Lunatic asylums Punjab 1895-1910 - 1895-1910
Year: 1895
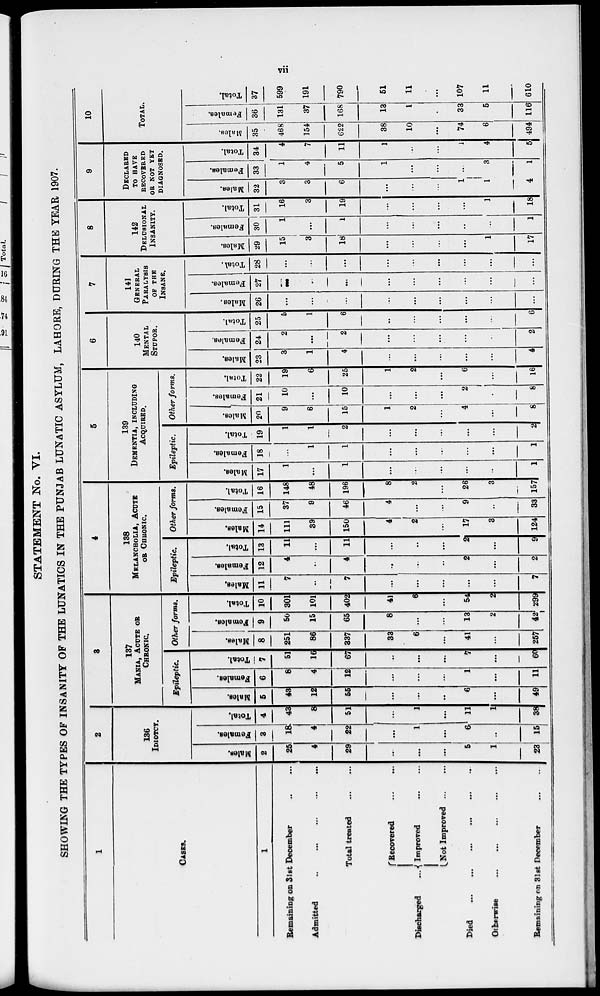
vii
STATEMENT No. VI.
SHOWING THE TYPES OF INSANITY OF THE LUNATICS IN THE PUNJAB LUNATIC ASYLUM, LAHORE, DURING THE YEAR 1907.
1
CASES.
1
Remaining on 31st December ... ...
Admitted
...
...
...
...
Total treated
...
...
Discharged ...
Recovered ... ...
Improved
...
...
Not Improved ... ...
Died ... ... ... ...
Otherwise
...
...
...
...
Remaining on 31st December
...
...
2
136
IDIOTCY.
Males.
2
25
4
29
...
...
...
5
1
23
Females.
3
18
4
22
...
1
...
6
...
15
Total.
4
43
8
51
...
1
...
11
1
38
3
137
MANIA, ACUTE OR
CHRONIC.
Epileptic.
Males.
5
43
12
55
...
...
...
6
...
49
Females.
6
8
4
12
...
...
...
1
...
11
Total.
7
51
16
67
...
...
...
7
...
60
Other forms.
Males.
8
251
86
337
33
6
...
41
...
257
Females.
9
50
15
65
8
...
...
13
2
42
Total.
10
301
101
402
41
6
...
54
2
299
4
138
MELANCHOLIA, ACUTE
OR CHRONIC.
Epileptic.
Males.
11
7
...
7
...
...
...
...
...
7
Females.
12
4
...
4
...
...
...
2
...
2
Total.
13
11
...
11
...
...
...
2
...
9
Other forms.
Males.
14
111
39
150
4
2
...
17
3
124
Females.
15
37
9
46
4
...
...
9
...
33
Total.
16
148
48
196
8
2
...
26
3
157
5
139
DEMENTIA, INCLUDING
ACQUIRED.
Epileptic.
Males.
17
1
...
1
...
...
...
...
...
1
Females.
18
...
1
1
...
...
...
...
...
1
Total.
19
1
1
2
...
...
...
...
...
2
Other forms.
M ales.
20
9
6
15
1
2
...
4
...
8
Females.
21
10
...
10
...
...
...
2
...
8
Total.
22
19
6
25
1
2
...
6
...
16
6
140
MENTAL
STUPOR.
Males.
23
3
1
4
...
...
...
...
...
4
Females.
24
2
...
2
...
...
...
...
...
2
Total.
25
5
1
6
...
...
...
...
...
6
7
141
GENERAL
PARALYSIS
OF THE
INSANE.
Males.
26
...
...
...
...
...
...
...
...
Females.
27
...
...
...
...
...
...
...
...
...
Total.
28
...
...
...
...
...
...
...
...
...
8
142
DELUSIONAL
INSANITY.
Males.
29
15
3
18
...
...
...
1
17
Females.
30
1
...
1
...
...
...
...
...
1
Total.
31
16
3
19
...
...
...
...
1
18
9
DECLARED
TO HAVE
RECOVERED
OR NOT YET
DIAGNOSED.
Males.
32
3
3
6
...
...
...
1
1
4
Females.
33
1
4
5
1
...
...
...
3
1
Total.
34
4
7
11
1
...
...
1
4
5
10
TOTAL.
Males.
35
468
154
622
38
10
...
74
6
494
Females.
36
131
37
168
13
1
...
33
5
116
Total.
37
599
191
790
51
11
...
107
11
610